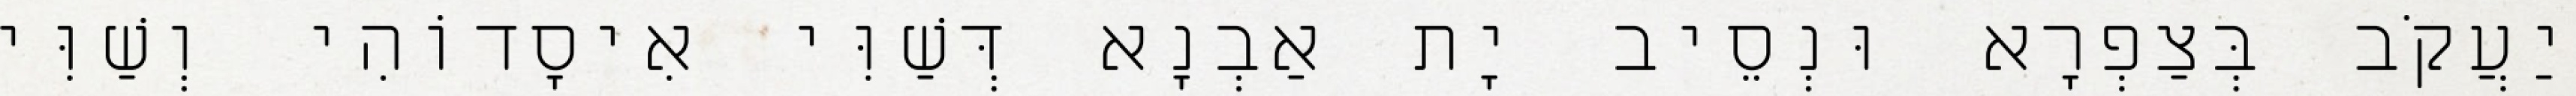
יַעֲקֹב בְּצַפְרָא וּנְסֵיב יָת אַבְנָא דְּשַׁוִּי אִיסָדוֹהִי וְשַׁוִּי